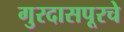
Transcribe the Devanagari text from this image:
गुरदासपूरचे